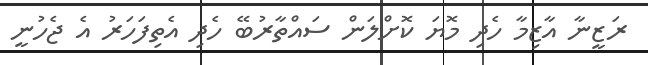
ރަޒީނާ އާޒިމާ ހެދި މޮޔަ ކޮށްލަން ސައްތާރުބޭ ހެދި އެތިފަހަރު އެ ޖެހުނީ